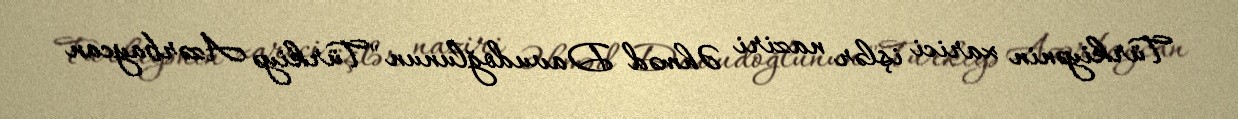
Türkiyənin xarici işlər naziri Əhməd Davudoğlunun "Türkiyə Azərbaycan